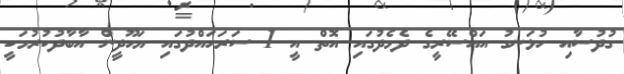
ގުދުސާއި ހުޅަނގު އައްސޭރީގެ ދެމެދުގައި އޮތް އީ 1 ސަރަހައްދުގައި ޔަހޫދީން އާބާދުކުރުމަކީ